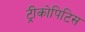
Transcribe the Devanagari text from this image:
ट्रीकोपिटिस